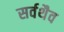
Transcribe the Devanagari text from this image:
सर्वथैव